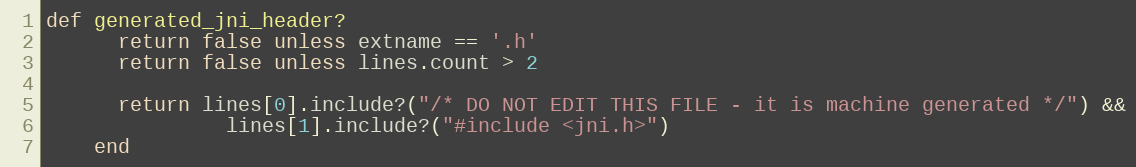
Language: Ruby
def generated_jni_header?
      return false unless extname == '.h'
      return false unless lines.count > 2

      return lines[0].include?("/* DO NOT EDIT THIS FILE - it is machine generated */") &&
               lines[1].include?("#include <jni.h>")
    end